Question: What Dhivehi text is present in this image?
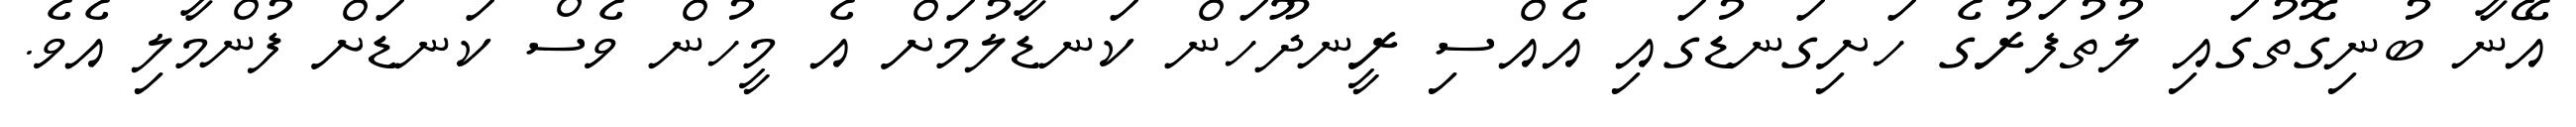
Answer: އޭނާ ބުނިގޮތުގައި ލުތުފަރުގެ ހަށިގަނޑުގައި އެއްސި ރީނދޫހަން ކަނޑާލުމަށް އެ މީހުން ވެސް ކަނޑަށް ފުންމާލި އެވެ.